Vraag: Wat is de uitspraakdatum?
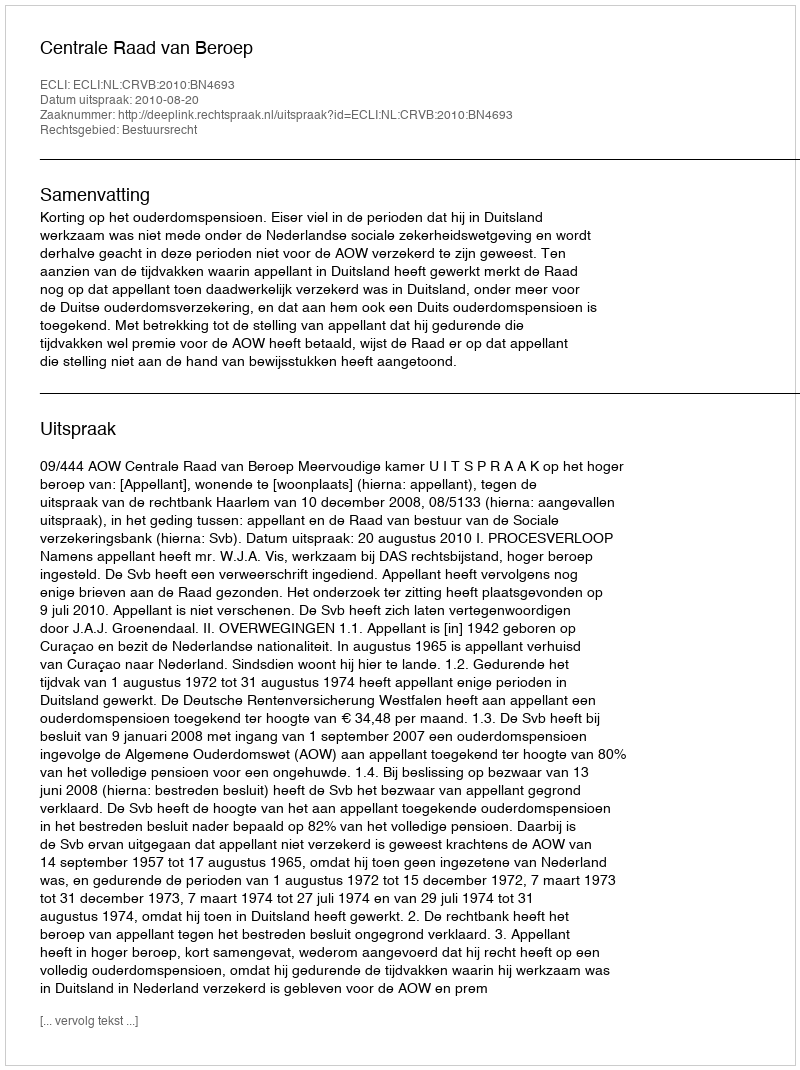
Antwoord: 2010-08-20